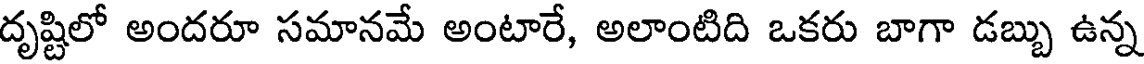
దృష్టిలో అందరూ సమానమే అంటారే, అలాంటిది ఒకరు బాగా డబ్బు ఉన్న